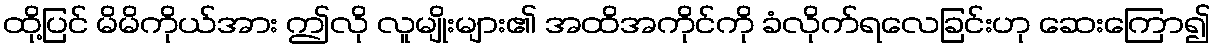
ထို့ပြင် မိမိကိုယ်အား ဤလို လူမျိုးများ၏ အထိအကိုင်ကို ခံလိုက်ရလေခြင်းဟု ဆေးကြော၍